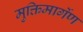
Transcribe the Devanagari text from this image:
मुक्तिमार्गेण